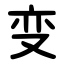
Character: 变